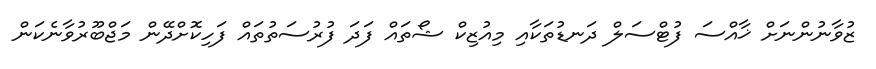
ޒުވާނުންނަށް ޚާއްސަ ފުޓްސަލް ދަނޑުތަކާއި މިއުޒިކް ޝޯތައް ފަދަ ފުރުސަތުތައް ފަހިކޮށްދޭން މަޖްބޫރުވާނެކަން